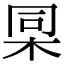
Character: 𣑸